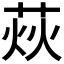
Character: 𦲌